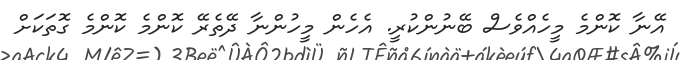
އޭނާ ކޮންމެ މީހެއްވެސް ބޭނުންކުރީ. އެހެން މީހުންނާ ދޭތެރޭ ކޮންމެ ކޮންމެ ގޮތަކަށް